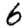
Digit: 6